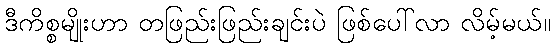
ဒီကိစ္စမျိုးဟာ တဖြည်းဖြည်းချင်းပဲ ဖြစ်ပေါ်လာ လိမ့်မယ်။